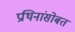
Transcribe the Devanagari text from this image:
प्रथिनांसोबत